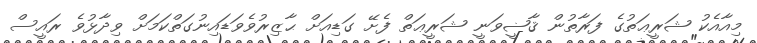
މިއާއެކު ޝަރީޢަތުގެ ފަރާތުން ޤާޟީވަނީ ޝަރީޢަތް ފެށޭ ގަޑިއަށް ޙާޒިރުވެވަޑައިނުގަތްކަމަށް ވިދާޅުވެ ރައީސް